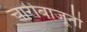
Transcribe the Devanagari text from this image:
चारीबाजूनी